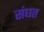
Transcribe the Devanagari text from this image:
संघत